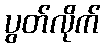
ပွတ်လိုက်